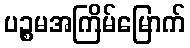
ပဉ္စမအကြိမ်မြောက်